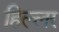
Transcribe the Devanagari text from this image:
हिल्लर